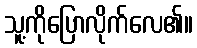
သူ့ကိုပြောလိုက်လေ၏။